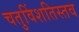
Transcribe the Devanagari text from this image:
चतुविंशतिस्तव